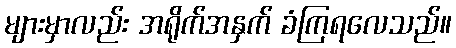
များမှာလည်း အရိုက်အနှက် ခံကြရလေသည်။